kultuurilooline_kollektsioon, lk 75
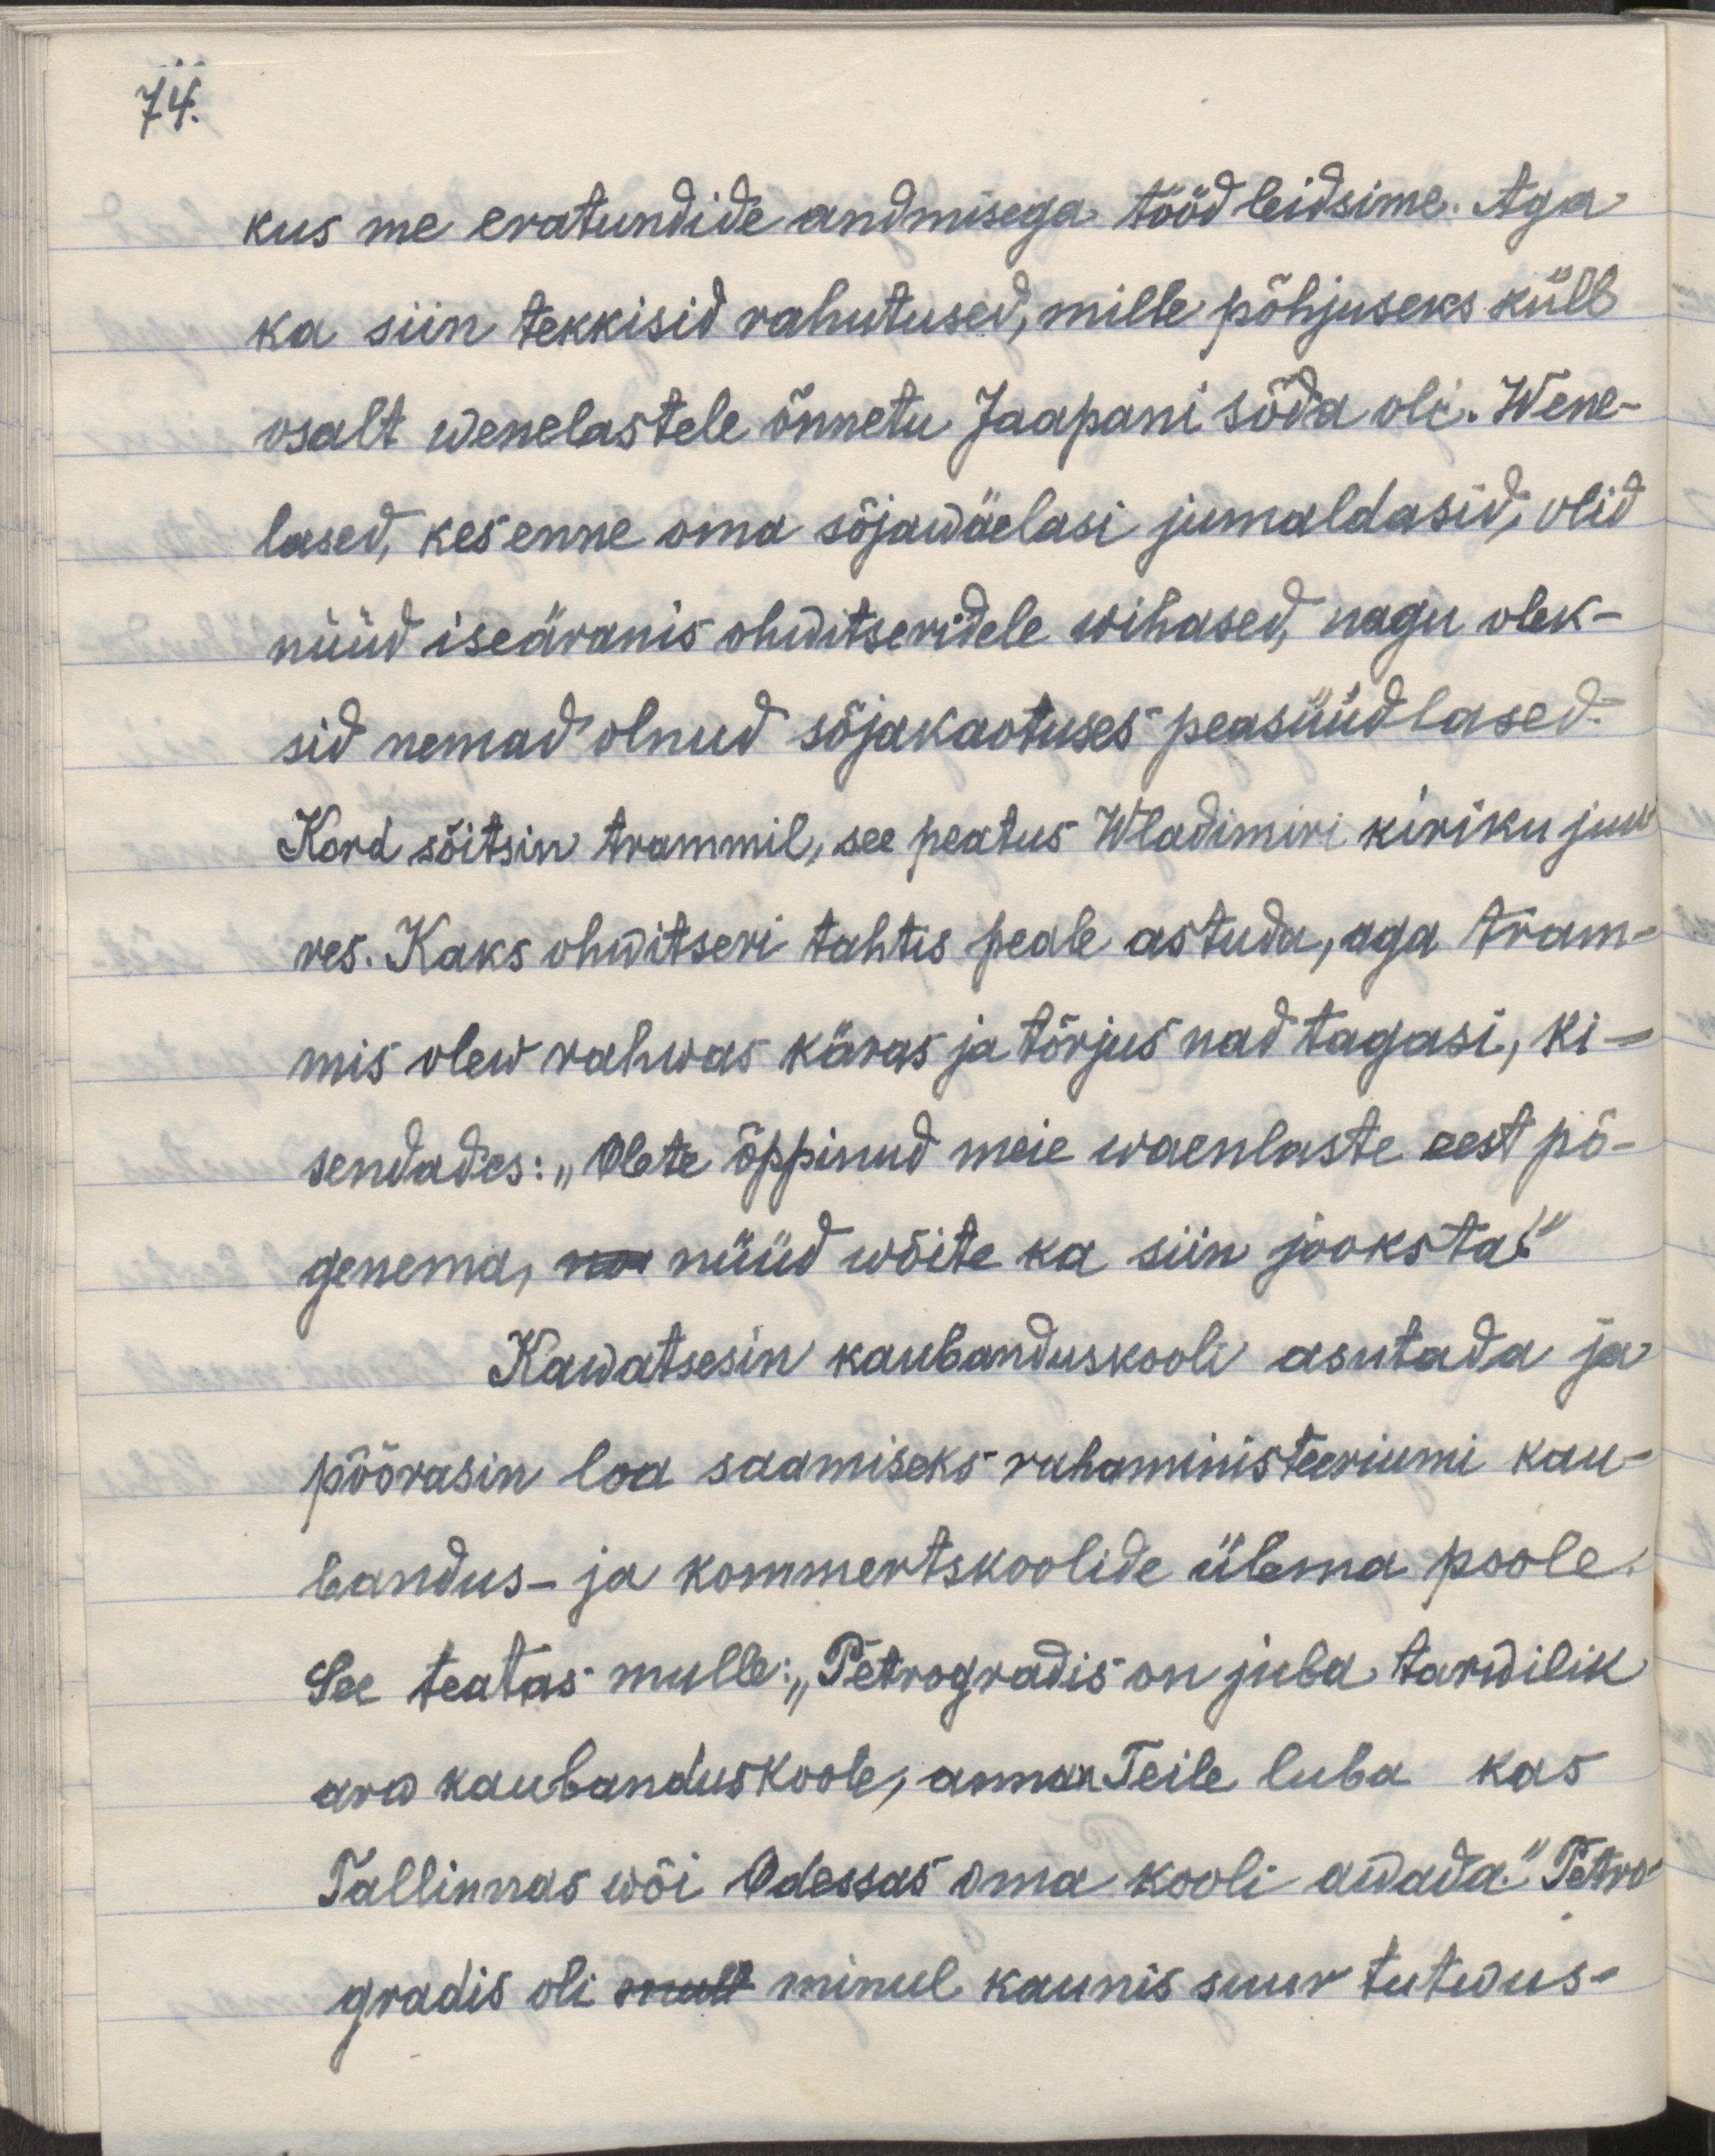
74.

kus me eratundide endmisega tööd leidsime. Aga
ka siin tekkisid rahutused, mille põhjuseks küll
osalt wenelastele õnnetu Jaapani sõda oli. Wene-
lased, kes enne oma sõjawäelasi jumaldasid, olid
nüüd iseäranis ohwitseridele wihased, nagu olek-
sid nemad olnud sõjakaotuses peasüüdlased.
Kord sõitsin trammil, see peatus Wladimiri kiriku juu-
res. Kaks ohwitseri tahtis peale astuda, aga tram-
mis olew rahwas käras ja tõrjus nad tagasi, ki-
sendades: "Olete õppinud meie waenlaste eest põ-
genema, no nüüd wõite ka siin jooksta."
Kawatsesin kaubanduskooli asutada ja
pöörasin loa saamiseks rahaministeeriumi kau-
bandus- ja kommertskoolide ülema poole.
See teatas mulle: "Petrogradis on juba tarwilik
arw kaubanduskoole, annan Teile luba kas
Tallinnas wõi Odessas oma kooli awada." Petro-
graadis oli mull minul kaunis suur tutwus-